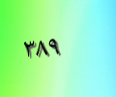
٣٨٩